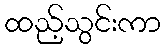
ထည့်သွင်းကာ